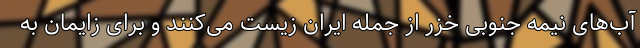
آب‌های نیمه جنوبی خزر از جمله ایران زیست می‌کنند و برای زایمان به